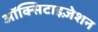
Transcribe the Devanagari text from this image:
ऑक्सिटाइज़ेशन